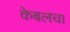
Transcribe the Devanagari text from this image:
केबलचा